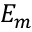
E _ { m }